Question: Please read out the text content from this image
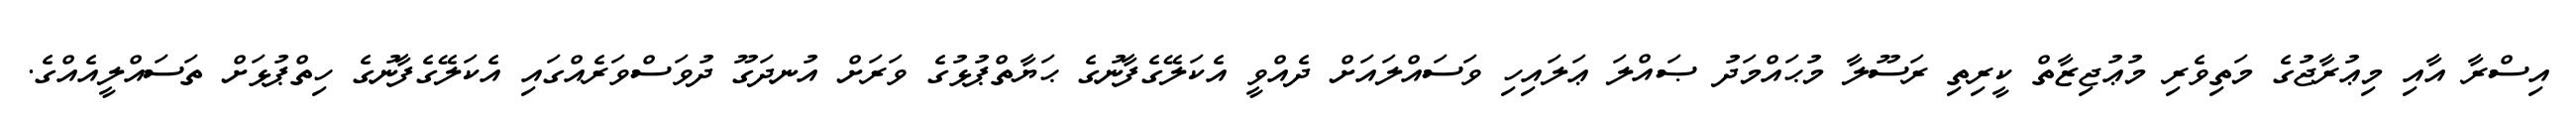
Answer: އިސްރާ އާއި މިޢުރާޖުގެ މަތިވެރި މުޢުޖިޒާތް ކީރިތި ރަސޫލާ މުޙައްމަދު ޞައްލަ ޢަލައިހި ވަސައްލައަށް ދެއްވީ އެކަލޭގެފާނުގެ ޙަޔާތްޕުޅުގެ ވަރަށް އުނދަގޫ ދުވަސްވަރެއްގައި އެކަލޭގެފާނުގެ ހިތްޕުޅަށް ތަސައްލީއެއްގެ.